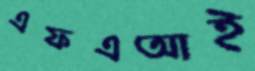
এফএআই